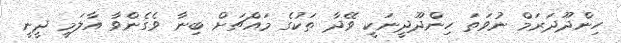
ހިންދޫދަރަމް ނުވަތަ ހިންދޫދީނަކީ ވޭދާ ތަކުގެ މައްޗަށް ބިނާ ވެގެންވާ އާލަމީ ދީނީ